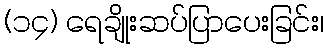
(၁၄) ရေချိုးဆပ်ပြာပေးခြင်း၊